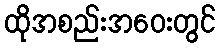
ထိုအစည်းအဝေးတွင်